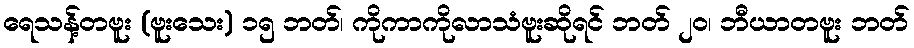
ရေသန့်တဗူး (ဗူးသေး) ၁၅ ဘတ်၊ ကိုကာကိုလာသံဗူးဆိုရင် ဘတ် ၂၀၊ ဘီယာတဗူး ဘတ်